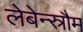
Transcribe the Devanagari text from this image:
लेबेन्स्रौम